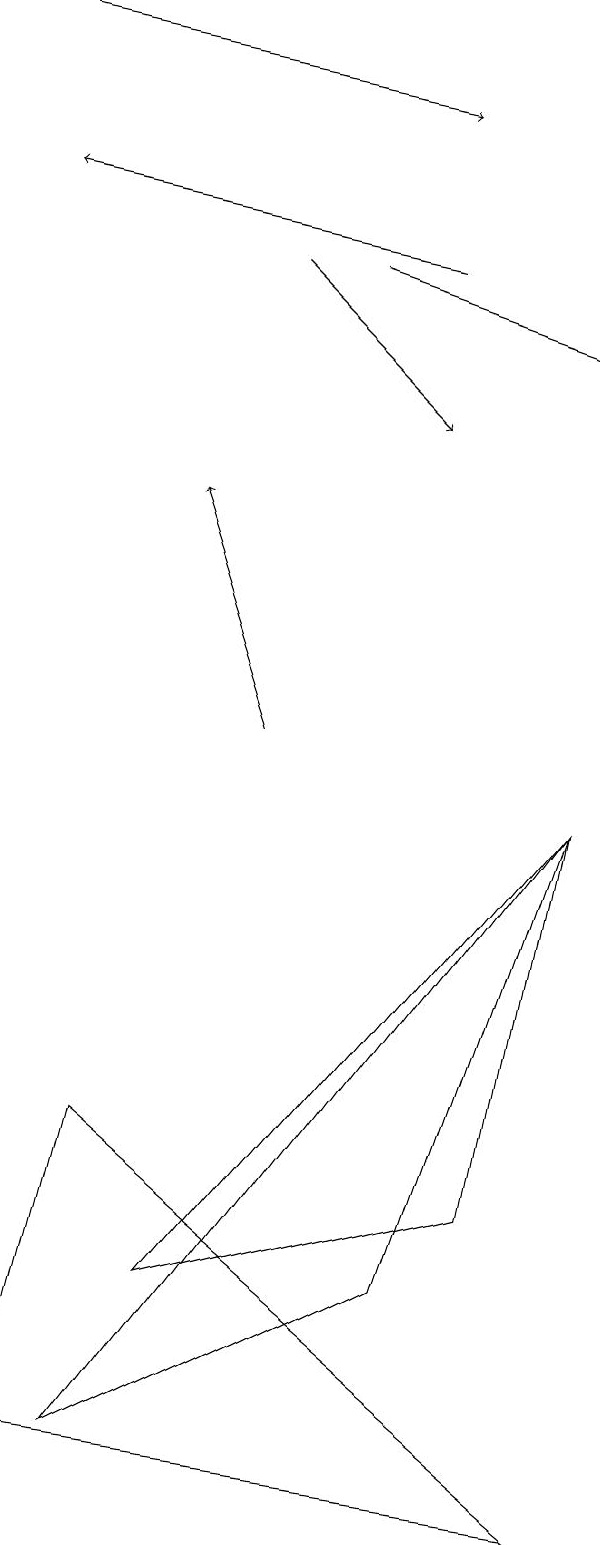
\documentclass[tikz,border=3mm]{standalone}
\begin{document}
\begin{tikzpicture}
\draw[->] (5,16) -- (0,17);
\draw (2,3) -- (6,4) -- (7,9) -- cycle;
\draw (0,1) -- (7,0) -- (1,5) -- cycle;
\draw[->] (0,19) -- (5,18);
\draw[->] (3,16) -- (5,14);
\draw[->] (3,10) -- (2,13);
\draw[->] (4,16) -- (7,15);
\draw (5,3) -- (1,1) -- (7,9) -- cycle;
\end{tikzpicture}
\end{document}